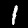
Label: 1